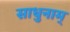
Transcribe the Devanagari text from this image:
साधुनाम्